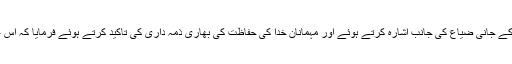
آپ نے مسجد الحرام میں ہونے والے حادثے کے نتیجے میں حاجیوں کے جانی ضیاع کی جانب اشارہ کرتے ہوئے اور مہمانان خدا کی حفاظت کی بھاری ذمہ داری کی تاکید کرتے ہوئے فرمایا کہ اس عہد پر عمل کرنا اور اس ذمہ داری کو نبھانا، ہمارا حتمی مطالبہ ہے۔